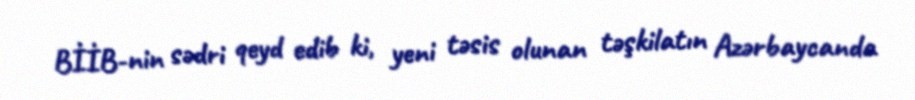
BİİB-nin sədri qeyd edib ki, yeni təsis olunan təşkilatın Azərbaycanda